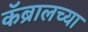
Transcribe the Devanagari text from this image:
कॅब्रालच्या